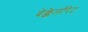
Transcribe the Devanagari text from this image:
बेक्केलॉरेट